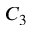
C _ { 3 }